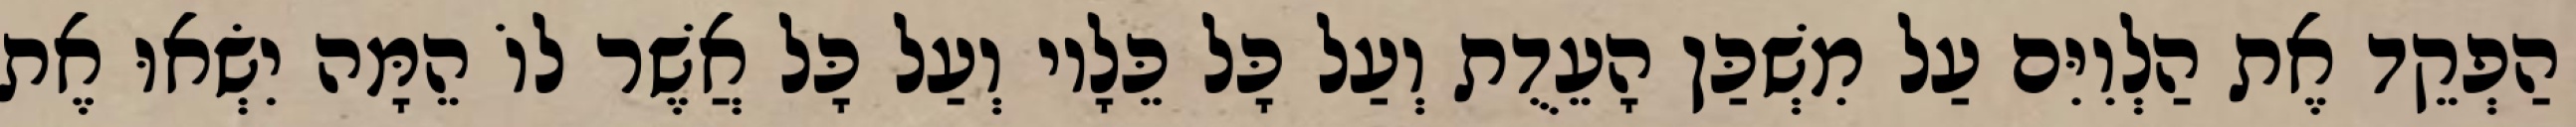
הַפְקֵד אֶת הַלְוִיִּם עַל מִשְׁכַּן הָעֵדֻת וְעַל כָּל כֵּלָיו וְעַל כָּל אֲשֶׁר לוֹ הֵמָּה יִשְׂאוּ אֶת